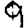
Digit: 9